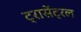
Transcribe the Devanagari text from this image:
ट्रासेंट्रल